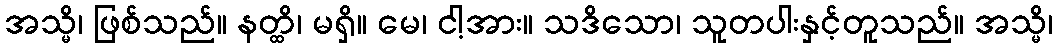
အသ္မိ၊ ဖြစ်သည်။ နတ္ထိ၊ မရှိ။ မေ၊ ငါ့အား။ သဒိသော၊ သူတပါးနှင့်တူသည်။ အသ္မိ၊